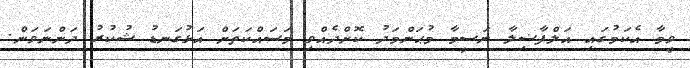
ވީމާ އެކަމުގައި އަލްފާޟިލާ ނަސީމާ މުޙަންމަދު ކޮށްދެއްވި މަސައްކަތަށް އަޅުގަނޑު ޝުކުރު ދަންނަވަން.